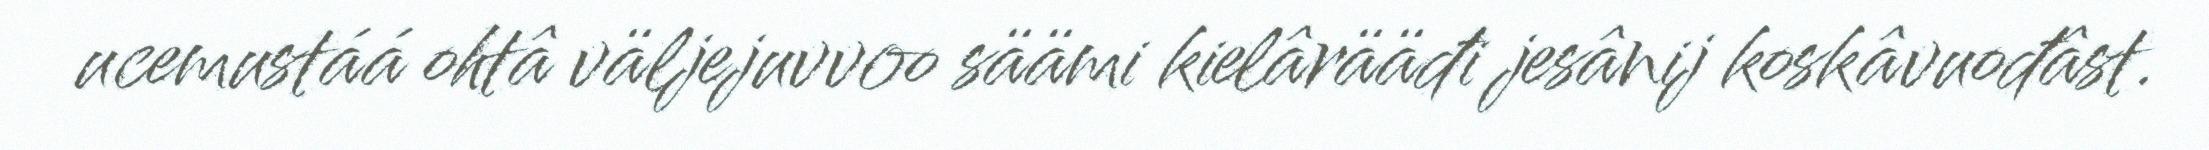
ucemustáá ohtâ väljejuvvoo säämi kielârääđi jesânij koskâvuođâst.